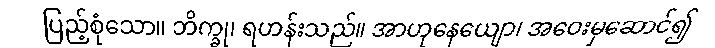
ပြည့်စုံသော။ ဘိက္ခု၊ ရဟန်းသည်။ အာဟုနေယျော၊ အဝေးမှဆောင်၍